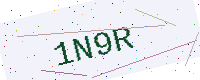
Text: 1N9R